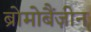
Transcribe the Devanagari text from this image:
ब्रोमोबैंज़ीन